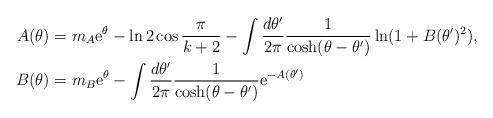
LaTeX: \begin{align*}A(\theta) &=m_A {\rm e}^{\theta}- \ln 2 \cos \frac{\pi}{k+2} -\int \frac{d\theta'}{2\pi} \frac{1}{\cosh(\theta-\theta') }\ln(1+ B(\theta')^2), \\B(\theta) &=m_B {\rm e}^{\theta} -\int \frac{d\theta'}{2\pi} \frac{1}{\cosh(\theta-\theta')} {\rm e}^{-A(\theta')} \end{align*}